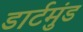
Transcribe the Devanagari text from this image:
डार्टमुंड